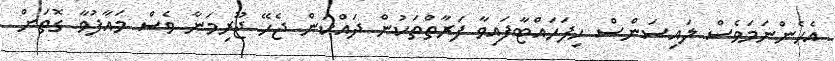
އެހެންނަމަވެސް ލައިސަންސް ހިފަހައްޓާފައިވާ ފަރާތްތަކުން ދައްކަން ޖެހޭ ޖޫރިމަނާ ވެސް މައާފުވާ ގޮތަށް